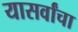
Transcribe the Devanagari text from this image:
यासर्वांचा